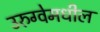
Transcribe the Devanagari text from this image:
उरुग्वेमधील